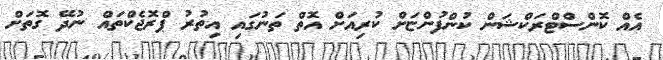
އެއް ކޮންސްޓްރަކްޝަން ކުންފުންޏަށް ކުރިއަށް އޮތް ތަނުގައި އިތުރު ޕްރޮޖެކްތައް ނުދޭ ގޮތަށް